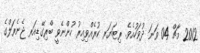
2012 މާޗް 04 ވަނަ ދުވަހުއެވެ. ރިޓަޔަރ ކުރެއްވިއިރު ހުންނެވީ ބްރިގޭޑިއަރ ޖެނެރަލްގެ